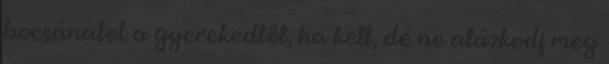
bocsánatot a gyerekedtől, ha kell, de ne alázkodj meg